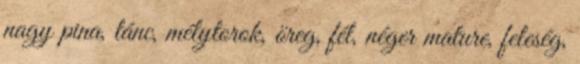
nagy pina, tánc, mélytorok, öreg, fél, néger mature, feleség,